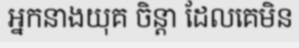
អ្នកនាងយុគ ចិន្តា ដែលគេមិន